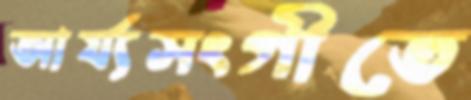
আর্য্যসংগীতে